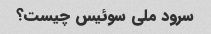
سرود ملی سوئیس چیست؟